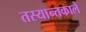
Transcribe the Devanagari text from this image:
तस्यान्तकाले